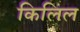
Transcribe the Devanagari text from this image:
किलिल